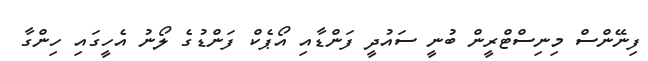
ފިނޭންސް މިނިސްޓްރީން ބުނީ ސައުދީ ފަންޑާއި އޯޕެކް ފަންޑުގެ ލޯނު އެހީގައި ހިންގާ